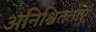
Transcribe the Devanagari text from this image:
अनिश्चितताएँ